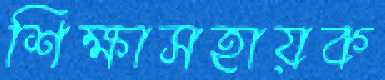
শিক্ষাসহায়ক